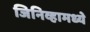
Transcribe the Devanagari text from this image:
जिनिव्हामध्ये